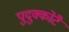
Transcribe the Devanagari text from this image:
पुदुक्कोटै